Lunatic asylums Madras 1892-1911 - 1892-1911
Year: 1892
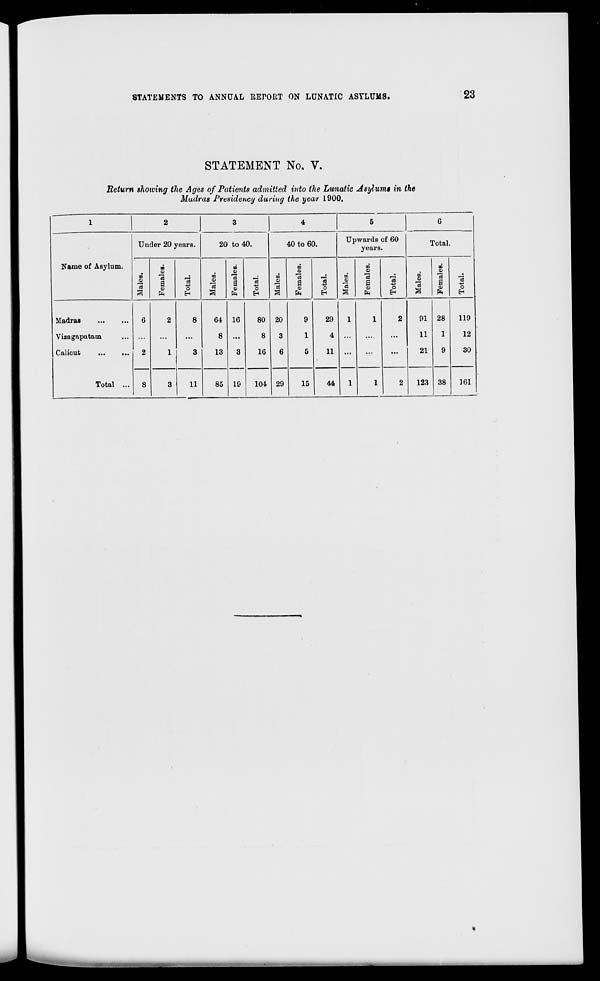
STATEMENTS TO ANNUAL RErORT ON LUNATIC ASYLUMS.
23
STATEMENT No. V.
Return showing the Ages of Patients admitted into the Lunatic Asylums in the
Madras Presidency during the year 1900.
1
1
2
3
4
5
6
Name of Asylum.
Under 20 years.
20 to 40.
40 to 60.
Upwards of 60
years.
Total.
oo
o
3
00
0)
a
0)
ft
Is
O
00
3
co
0>
"GO"
«
"3
o
H
00
to
Ol
ft
o
m
00
Ol
s
o
EH
00
0>
IB
03
S
Ol
ft
3
Madras
Vizagapatam
Calicut
Total ...
6
2
8
2
1
8
3
64
8
13
16
3
19
80
8
16
20
3
6
9
1
5
29
4
11
i
1
1
2
91
11
21
28
1
9
38
119
12
30
3
11
85
104 29
15
44
1
2
123
161